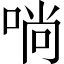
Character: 𠶤